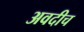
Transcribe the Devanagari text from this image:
अवदीच